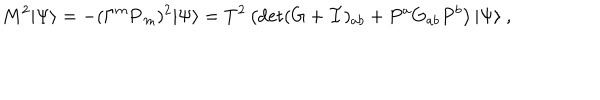
M ^ { 2 } | \Psi \rangle = - ( \Gamma ^ { m } { \bf P } _ { m } ) ^ { 2 } | \Psi \rangle = T ^ { 2 } \left( \det ( G + { \cal F } ) _ { a b } + P ^ { a } G _ { a b } P ^ { b } \right) | \Psi \rangle \ ,